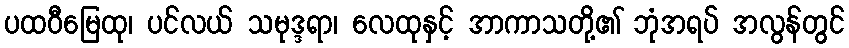
ပထဝီမြေထု၊ ပင်လယ် သမုဒ္ဒရာ၊ လေထုနှင့် အာကာသတို့၏ ဘုံအရပ် အလွန်တွင်